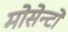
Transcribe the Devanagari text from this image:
मोसेन्टो